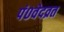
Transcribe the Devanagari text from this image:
पं०वेदव्रत